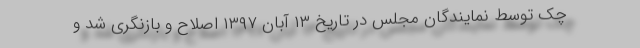
چک توسط نمایندگان مجلس در تاریخ ۱۳ آبان ۱۳۹۷ اصلاح و بازنگری شد و